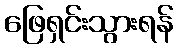
ဖြေရှင်းသွားရန်